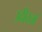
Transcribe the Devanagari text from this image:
उदीरतां